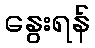
နွေးရန်